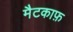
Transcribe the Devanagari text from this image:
मैटकाफ़